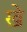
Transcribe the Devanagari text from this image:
ख़े